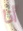
أنا